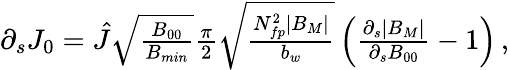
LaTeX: \begin{array}{r}{\partial_{s}J_{0}=\hat{J}\sqrt{\frac{B_{00}}{B_{min}}}\frac{\pi}{2}\sqrt{\frac{N_{fp}^{2}|B_{M}|}{b_{w}}}\left(\frac{\partial_{s}|B_{M}|}{\partial_{s}B_{00}}-1\right)\, ,}\end{array}